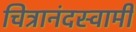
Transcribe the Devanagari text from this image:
चित्रानंदस्वामी